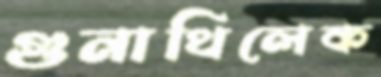
গুনাথিলেক